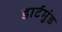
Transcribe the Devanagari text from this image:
डार्टमुंड